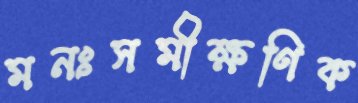
মনঃসমীক্ষণিক